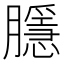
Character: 𭩑